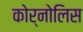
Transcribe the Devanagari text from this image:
कोर्नोलिस